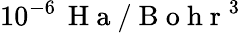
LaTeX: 10^{-6}\, \mathrm{~H~a~}/\mathrm{~B~o~h~r~}^{3}